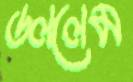
ডললেম